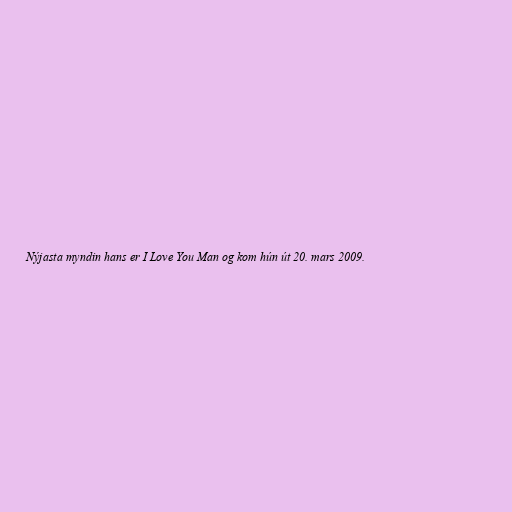
Nýjasta myndin hans er I Love You Man og kom hún út 20. mars 2009.